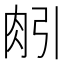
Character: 𦙢